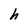
Character: h